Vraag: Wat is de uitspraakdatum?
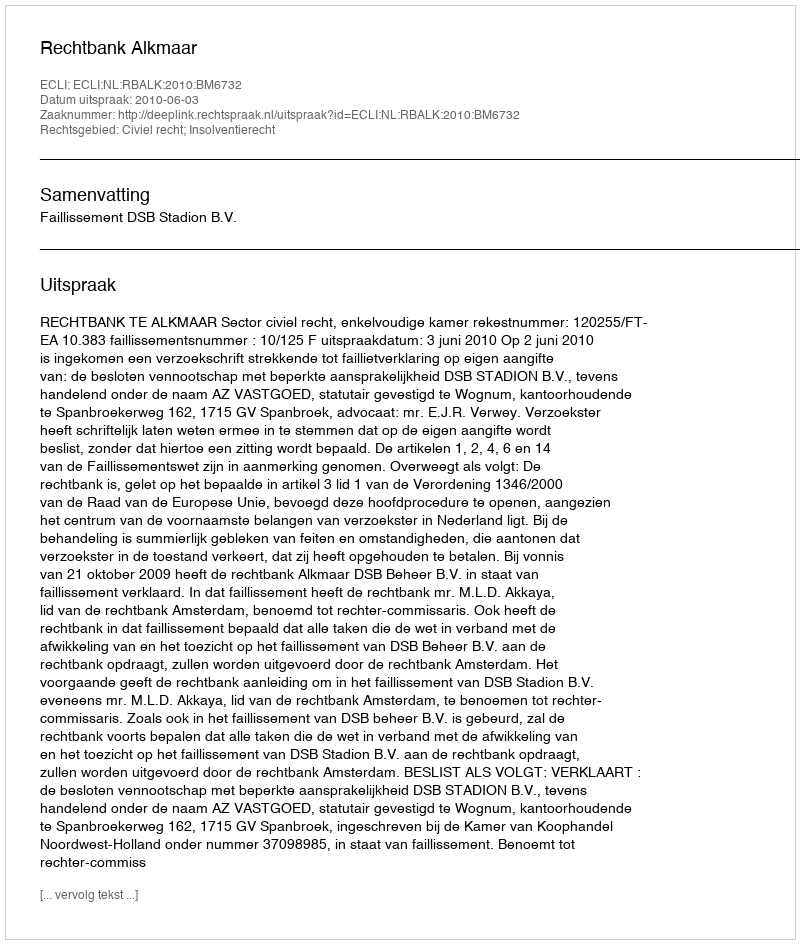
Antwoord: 2010-06-03